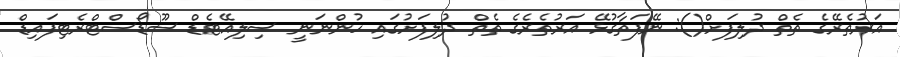
އަރުތެރޭގެ ތެތް ދުލިފަށް(): ނޭފަތާގުޅޭ އަރުތެރެގެ ތެތް ދުލިފަށުގައި ހުންނަނީ ސިލިއޭޓެޑް ސޫޑޯސްޓްރެޓިފައިޑް